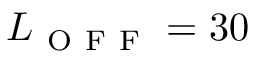
L _ { \mathrm { ~ O ~ F ~ F ~ } } = 3 0